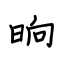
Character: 晌